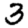
Digit: 3